Rongu_vallavalitsus, lk 16
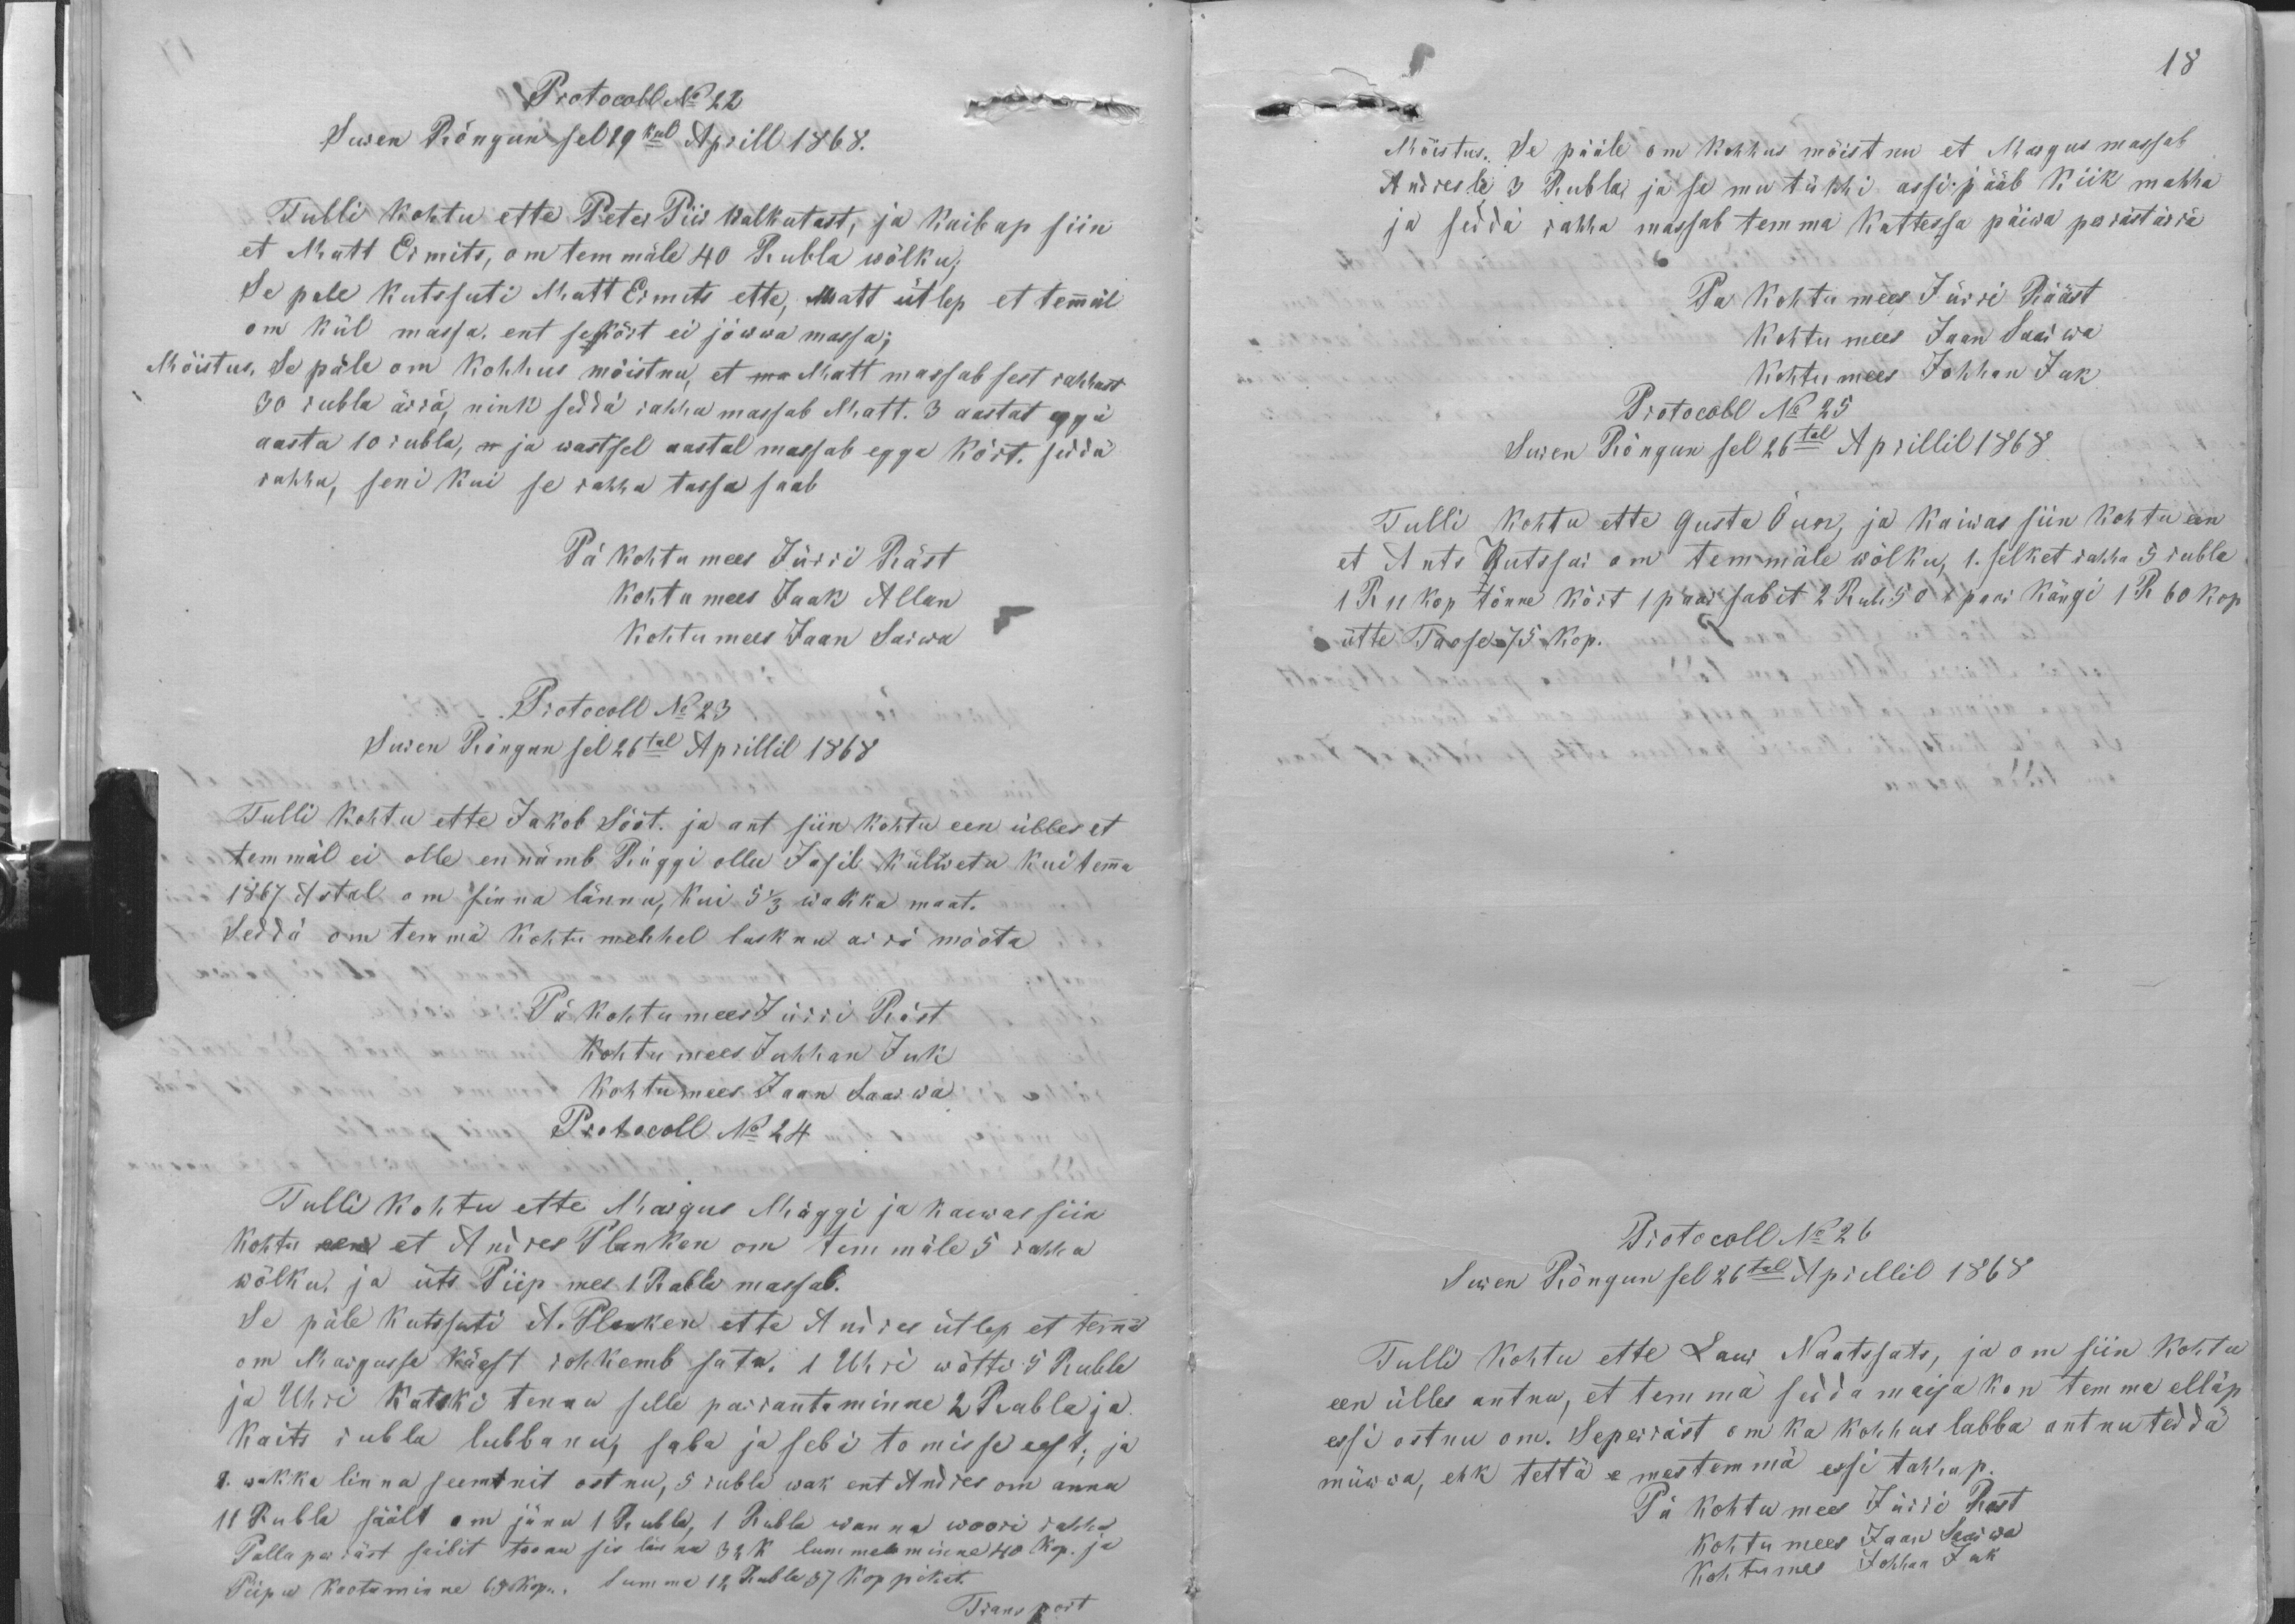
Protokoll No 22
Suren Rõngun sel 19kul Aprill 1868.
Tulli kohtu ette Peter Piis Walkutast, ja kaibap siin
et Matt Ermits, om temmäle 40 Rubla wõlku;
Se pale kutssuti Matt Ermits ette: Matt ütlep et temmäl
om kül massa, ent sekõrt ei jõwwa massa;
Mõistus, Se päle om kohhus mõistnu, et ma Matt massab sest rahhast
30 rubla ärrä, nink seddä rahha massab Matt. 3 aastat eggä
aasta 10 rubla, n ja wastsel aastal massab egga kõrt. seddä
rahha, seni kui se rahha tassa saab
Pä kohtu mees Jüri Räst
Kohtu mees Jaak Allan
Kohtu mees Jaan Sarwa
Protocoll No 23
Suren Rõngun sel 26tal Aprillil 1868
Tulli kohtu ette Jakob Sööt. ja ant siin kohtu een ülles et
temmäl ei olle ennämb Rüggi ollu Jasil külwetu kui temma
1867 Astal om sinna lännu, kui 5 1/3 wakka maat.
Seddä om temmä kohtu mehhel lasknu arrä mõota
Pä kohtu mees Jürri Räst
Kohtu mees Juhhan Juk
Kohtu mees Jaan Saarwa
Protocoll No 24
Tulli kohtu ette Margus Mäggi ja kaewas siin
Kohtu een et Andres Planken om temmäle 5 rahha
wõlku, ja üts Piip mes 1 Rubla massab.
Se päle kutssuti A. Planken ette Andres ütlep et temmä
om Margusse käest rohkemb sata. 1 Uhri wõtti 5 Rubla
ja Uhri katski tennu selle parantaminne 2 Rubla ja
kaits rubla lubbanu, saba ja sebi tomisse eest; ja
8. wakka linna seemnit ostnu, 5 rubla wak ent Andres om annu
11 Rubla säält om jänu 1 Rubla, 1 Rubba wanna woori rahha
Pallaperräst saibit toonu sis lännu 32 k lummele minna 40 kop. ja
Piipu kaotominne 65 kop. Summa 12 Rubla 37 koppikit.
Transport

18
Mõistus. Se pääle om kohhus mõistnu et Margus massab
Andresle 3 Rubla ja se mu tühhi assi jääb kiik mahha
ja seddä rahha massab temma kattessa päiwa perräst ärrä
Pä kohtu mees Jürri Rääst
kohtu mees Jaan Saarwa
kohtu mees Johhan Juk
Protocoll No 25
Suren Rõngun sel 26tal Aprillil 1868
Tulli kohtu ette Gusta Õun, ja kaiwas siin kohtu een
et Ants Kutssar om temmäle wõlku, 1. selket rahha 5 rubla
1 R 11 kop tõnne kõrt 1 paar sabit 2 Rub. 50 1 paar kängi 1 R 60 kop
ütte Taose 75 kop.
Protocoll No 26
Suren Rõngun sel 26tal Aprellil 1868
Tulli kohtu ette Laur Naatssats, ja om siin kohtu
een ülles antnu, et temma seda maija kon temma elläp
essi ostnu om. Seperräst om ka kohhus labba antnu teddä
müwwa, ehk tettä e mes temmä essi tahhap.
Pä kohtu mees Jüri Rast
kohtu mees Jaan Saarwa
kohtu mes Johhan Juk